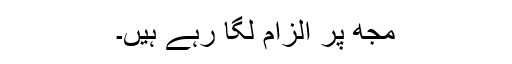
مجھ پر الزام لگا رہے ہیں۔